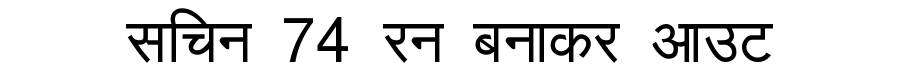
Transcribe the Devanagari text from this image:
सचिन 74 रन बनाकर आउट